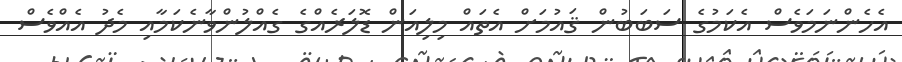
އެހެންނަމަވެސް އެކަމުގެ ސަބަބުން ޤައުމަށް އެތައް މިލިއަން ޑޮލަރެއްގެ ގެއްލުންވާނެެކަމާއި މެދު އެއްވެސް